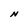
Character: N